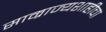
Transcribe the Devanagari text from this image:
साम्राज्यशाहीचा